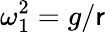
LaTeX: \omega_{1}^{2}=g/\mathsf{r}